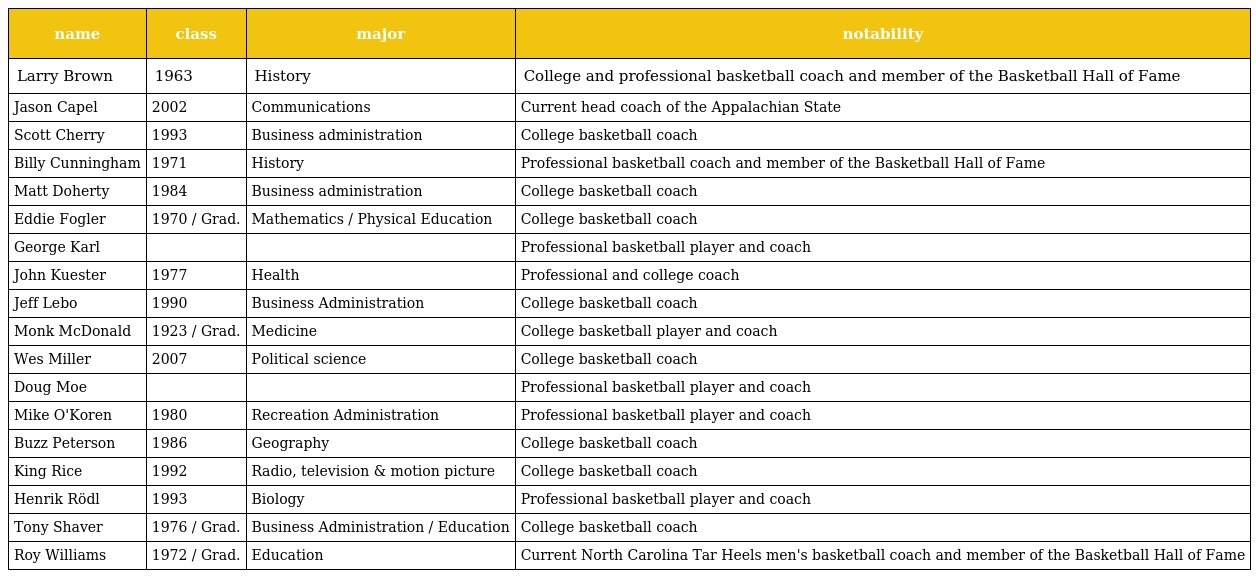
| name | class | major | notability |
 | --- | --- | --- | --- |
 | Larry Brown | 1963 | History | College and professional basketball coach and member of the Basketball Hall of Fame |
 | Jason Capel | 2002 | Communications | Current head coach of the Appalachian State |
 | Scott Cherry | 1993 | Business administration | College basketball coach |
 | Billy Cunningham | 1971 | History | Professional basketball coach and member of the Basketball Hall of Fame |
 | Matt Doherty | 1984 | Business administration | College basketball coach |
 | Eddie Fogler | 1970 / Grad. | Mathematics / Physical Education | College basketball coach |
 | George Karl |  |  | Professional basketball player and coach |
 | John Kuester | 1977 | Health | Professional and college coach |
 | Jeff Lebo | 1990 | Business Administration | College basketball coach |
 | Monk McDonald | 1923 / Grad. | Medicine | College basketball player and coach |
 | Wes Miller | 2007 | Political science | College basketball coach |
 | Doug Moe |  |  | Professional basketball player and coach |
 | Mike O'Koren | 1980 | Recreation Administration | Professional basketball player and coach |
 | Buzz Peterson | 1986 | Geography | College basketball coach |
 | King Rice | 1992 | Radio, television & motion picture | College basketball coach |
 | Henrik Rödl | 1993 | Biology | Professional basketball player and coach |
 | Tony Shaver | 1976 / Grad. | Business Administration / Education | College basketball coach |
 | Roy Williams | 1972 / Grad. | Education | Current North Carolina Tar Heels men's basketball coach and member of the Basketball Hall of Fame |